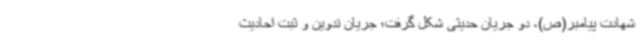
شهادت پیامبر(ص)، دو جریان حدیثی شکل گرفت؛ جریان تدوین و ثبت احادیث